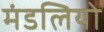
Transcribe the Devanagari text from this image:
मंडलियो